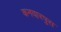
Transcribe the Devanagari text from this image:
कनवारपुरा